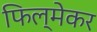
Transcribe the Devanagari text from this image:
फिल्मेकर